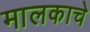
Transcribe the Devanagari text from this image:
मालकाचे